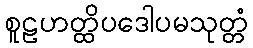
စူဠဟတ္ထိပဒေါပမသုတ္တံ